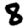
Digit: 8